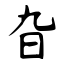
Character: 旮